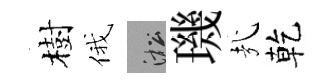
樹俄淞璣㢤乾